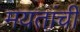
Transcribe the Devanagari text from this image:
मयतांची